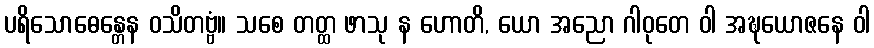
ပရိသောဓေန္တေန ဝသိတဗ္ဗံ။ သစေ တတ္ထ ဖာသု န ဟောတိ, ယော အညော ဂါဝုတေ ဝါ အဍ္ဎယောဇနေ ဝါ